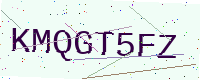
Text: KMQGT5FZ